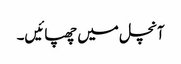
آنچل میں چھپائیں۔